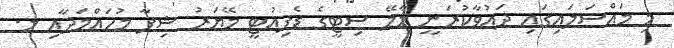
މި މައްސަލައިގައި ދައުވާކުރަނީ މާލޭ ސިޓީގެ ޑެޕިއުޓީ މޭޔަރު ޝިފާ މުހައްމަދާއި މ.